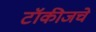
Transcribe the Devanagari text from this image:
टॉकीजचे